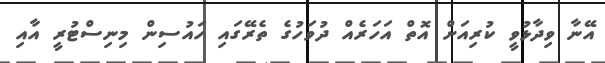
އޭނާ ވިދާޅުވީ ކުރިއަށް އޮތް އަހަރެއް ދުވަހުގެ ތެރޭގައި ހައުސިން މިނިސްޓުރީ އާއި